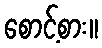
စောင့်စား။